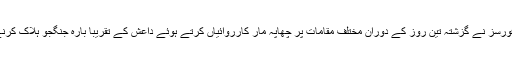
پاکستانی سکیورٹی فورسز نے گزشتہ تین روز کے دوران مختلف مقامات پر چھاپہ مار کارروائیاں کرتے ہوئے داعش کے تقریبا بارہ جنگجو ہلاک کرنے کا دعویٰ کیا ہے۔